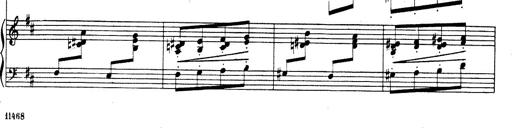
Title: Rhapsodie espagnole
Composer: Franz Liszt